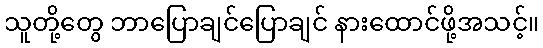
သူတို့တွေ ဘာပြောချင်ပြောချင် နားထောင်ဖို့အသင့်။